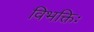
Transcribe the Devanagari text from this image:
विभक्तिः